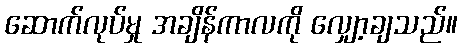
ဆောက်လုပ်မှု အချိန်ကာလကို လျှော့ချသည်။